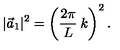
| \vec { a } _ { 1 } | ^ { 2 } = \left( \frac { 2 \pi } { L } \: k \right) ^ { 2 } .